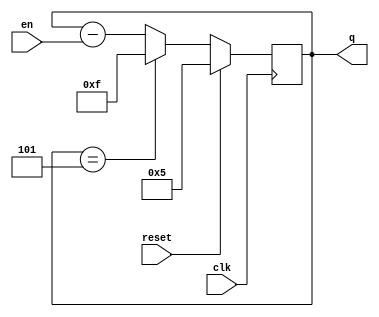
module top_module(
    input  wire       clk,
    input  wire       reset,
    input  wire       en,
    output reg  [3:0] q
);
    always @(posedge clk) begin
        if (reset) begin
            q = 4'b0101;
        end
        else begin
            if (q == 4'b0101) begin
                q <= 4'b1111;
            end
            else begin
                q <= q - en; //  en 
            end
        end
    end
endmodule